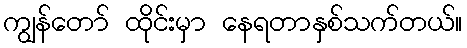
ကျွန်တော် ထိုင်းမှာ နေရတာနှစ်သက်တယ်။